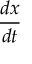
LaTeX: \frac { d x } { d t }